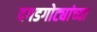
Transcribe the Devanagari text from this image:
दगडगोट्यांच्या